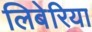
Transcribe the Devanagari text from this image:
लिबेरिया